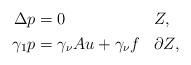
LaTeX: \begin{align*}\begin{aligned} \Delta p& =0&& Z,\\ \gamma_1 p& =\gamma_\nu Au+\gamma_\nu f&&\partial Z,\end{aligned}\end{align*}